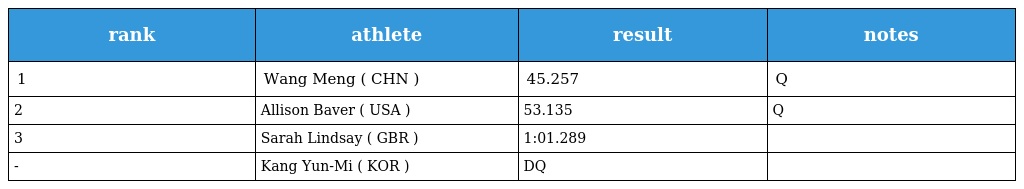
| rank | athlete | result | notes |
 | --- | --- | --- | --- |
 | 1 | Wang Meng ( CHN ) | 45.257 | Q |
 | 2 | Allison Baver ( USA ) | 53.135 | Q |
 | 3 | Sarah Lindsay ( GBR ) | 1:01.289 |  |
 | - | Kang Yun-Mi ( KOR ) | DQ |  |